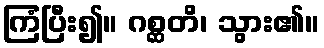
ကြံပြီး၍။ ဂစ္ဆတိ၊ သွား၏။